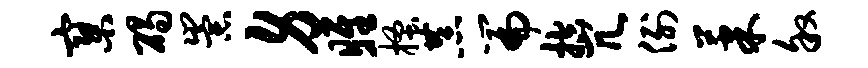
寥碣崇身雎搔恭篇控冗例果叙